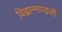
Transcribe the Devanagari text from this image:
विद्वान्मण्डली